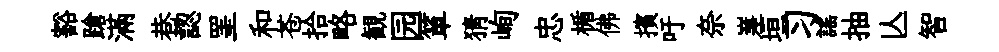
豁蹌滿巷認罣和苍拾略観园箪猜峋忠楯佛擯吁奈嵳垣习謡抽亾智